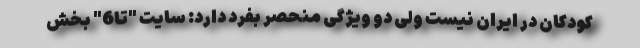
کودکان در ایران نیست ولی دو ویژگی منحصر بفرد دارد: سایت "تا6" بخش